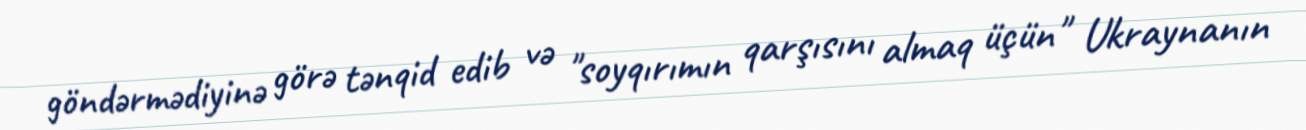
göndərmədiyinə görə tənqid edib və "soyqırımın qarşısını almaq üçün" Ukraynanın